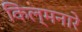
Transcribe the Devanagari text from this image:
किल्मनारे